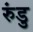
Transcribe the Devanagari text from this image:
रुंडु